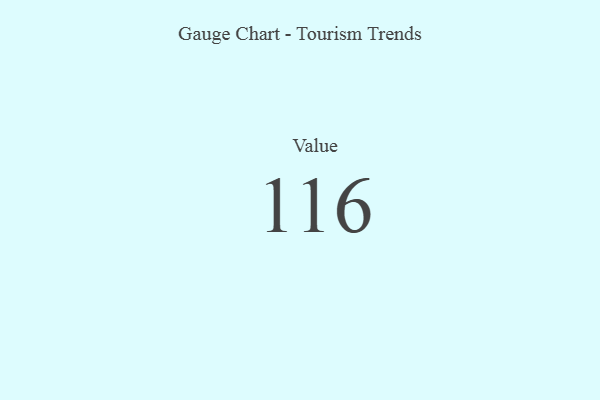
{"axis": {"x": "Metric", "y": "Value"}, "legend": [""], "data": [{"x": "Value", "y": 116, "type": ""}]}